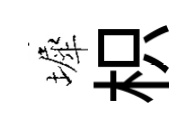
墀枳